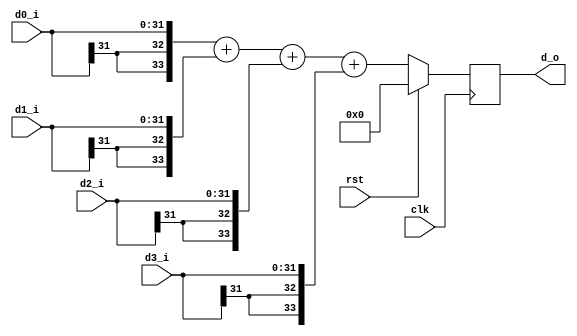
module addr4(
	clk,
	rst,
	d0_i,
	d1_i,
	d2_i,
	d3_i,
	d_o
	);
parameter IN_WIDTH = 32;

input clk;
input rst;
input wire [IN_WIDTH-1:0] d0_i;
input wire [IN_WIDTH-1:0] d1_i;
input wire [IN_WIDTH-1:0] d2_i;
input wire [IN_WIDTH-1:0] d3_i;
output reg [IN_WIDTH+1:0] d_o;

always @(posedge clk)
begin
	if (rst)
		d_o <= 0;
	else
		d_o <= {{2{d0_i[IN_WIDTH-1]}}, d0_i} + {{2{d1_i[IN_WIDTH-1]}}, d1_i} + {{2{d2_i[IN_WIDTH-1]}}, d2_i} + {{2{d3_i[IN_WIDTH-1]}}, d3_i};
end
endmodule